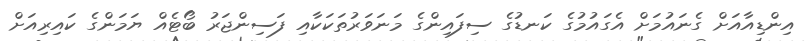
އިންޑިއާއަށް ގެނައުމަށް އެގައުުމުގެ ކަނޑުގެ ސިފައިންގެ މަނަވަރުތަކަކާއި ފަސިންޖަރު ބޯޓެއް ޔަމަންގެ ކައިރިއަށް